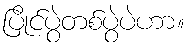
ပြိုင်ပွဲတစ်ပွဲပဲဟာ။